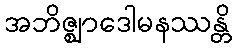
အဘိဇ္ဈာဒေါမနဿန္တိ